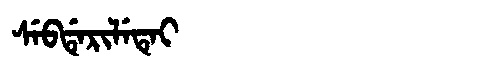
Manchu: ᠰᡝᠪᡩᡝᡵᡳᠯᡝᡨᡝᡳ
Romanization: SEBDERILETEI